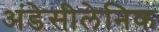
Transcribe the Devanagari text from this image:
अंडेसीलेनिक